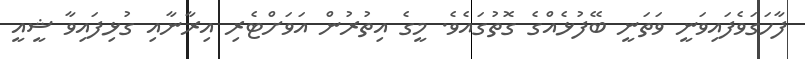
ފާހަގަވެފައިވަނީ ވަތަނީ ބޭފުޅެއްގެ ގޮތުގައެވެ. މީގެ އިތުރުން އަވަށްޓެރި އިރާނާއި ގުޅިފައިވާ ޝީއީ